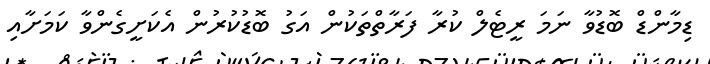
ޑިމާންޑް ބޮޑުވާ ނަމަ ރީޓެލް ކުރާ ފަރާތްތަކުން އަގު ބޮޑުކުރުން އެކަށީގެންވާ ކަމަށާއި